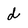
Character: d